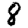
Digit: 8